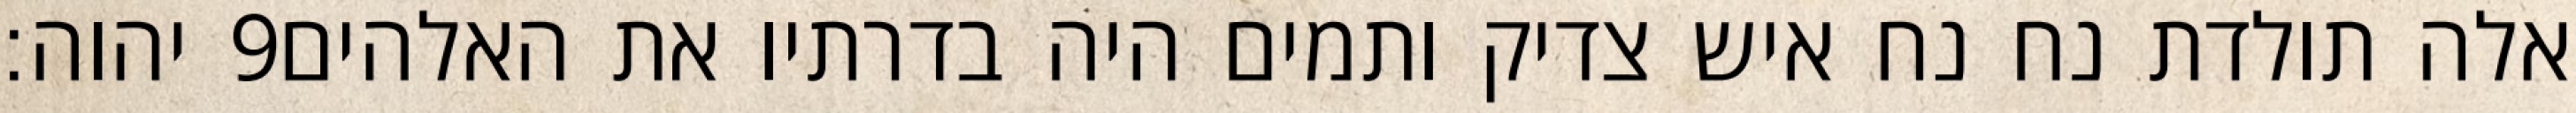
יהוה׃ ‎9‏ אלה תולדת נח נח איש צדיק ותמים היה בדרתיו את האלהים